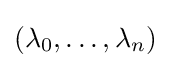
(\lambda _{0},\dots ,\lambda _{n})